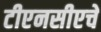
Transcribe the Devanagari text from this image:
टीएनसीएचे